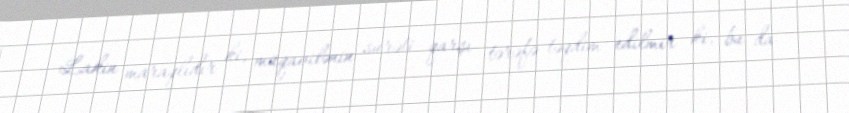
Lakin maraqlıdır ki, müqavilənin surəti qarşı tərəfə təqdim edilmir ki, bu da